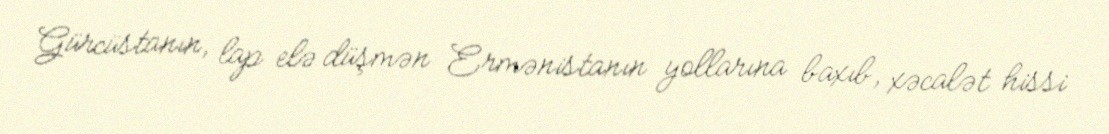
Gürcüstanın, lap elə düşmən Ermənistanın yollarına baxıb, xəcalət hissi